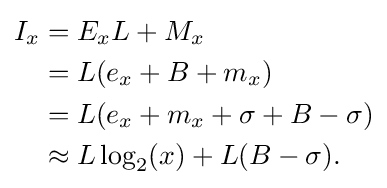
{\begin{aligned}I_{x}&=E_{x}L+M_{x}\\&=L(e_{x}+B+m_{x})\\&=L(e_{x}+m_{x}+\sigma +B-\sigma )\\&\approx L\log _{2}(x)+L(B-\sigma ).\end{aligned}}